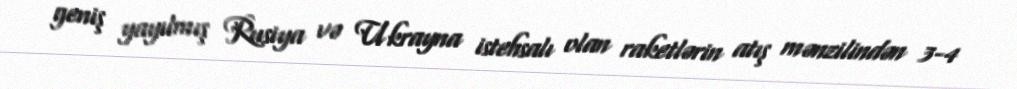
geniş yayılmış Rusiya və Ukrayna istehsalı olan raketlərin atış mənzilindən 3-4